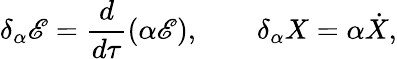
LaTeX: \delta_{\alpha}\mathscr{E}=\frac{{d}}{{d\tau}}(\alpha\mathscr{E}),\qquad\delta_{\alpha}X=\alpha\dot{{X}},